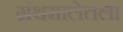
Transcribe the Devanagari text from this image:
ग्रंथमालेतला